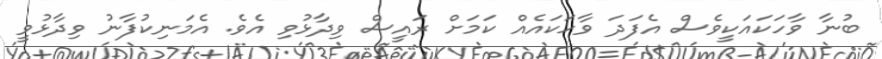
ބުނާ ވާހަކައަކީވެސް އެފަދަ ވާހަކައެއް ކަމަށް ރައީސް ވިދާޅުވި އެވެ. އެމަނިކުފާނު ވިދާޅުވީ